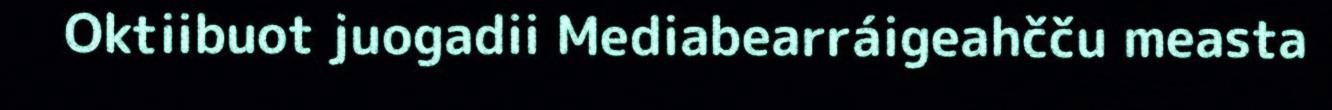
Oktiibuot juogadii Mediabearráigeahčču measta